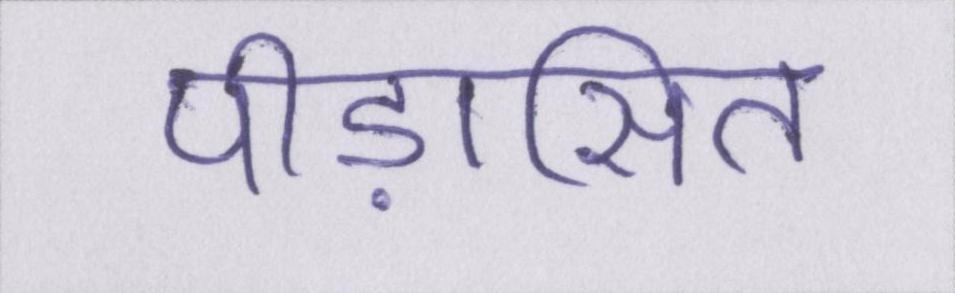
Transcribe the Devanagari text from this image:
पीड़ासित